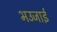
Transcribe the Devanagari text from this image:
भउजाईं